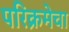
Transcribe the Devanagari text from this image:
परिक्रमेचा